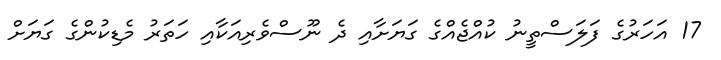
17 އަހަރުގެ ފަލަސްތީނު ކުއްޖެއްގެ ގަޔަށާއި ދެ ނޫސްވެރިއަކާއި ހަތަރު މެޑިކުންގެ ގަޔަށް